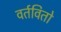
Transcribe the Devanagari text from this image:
वर्तवितो